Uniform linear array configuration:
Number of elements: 8
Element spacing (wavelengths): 0.5
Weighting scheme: cosine
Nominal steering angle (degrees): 60
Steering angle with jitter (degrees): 61.74
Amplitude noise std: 0.05
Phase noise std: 0.05

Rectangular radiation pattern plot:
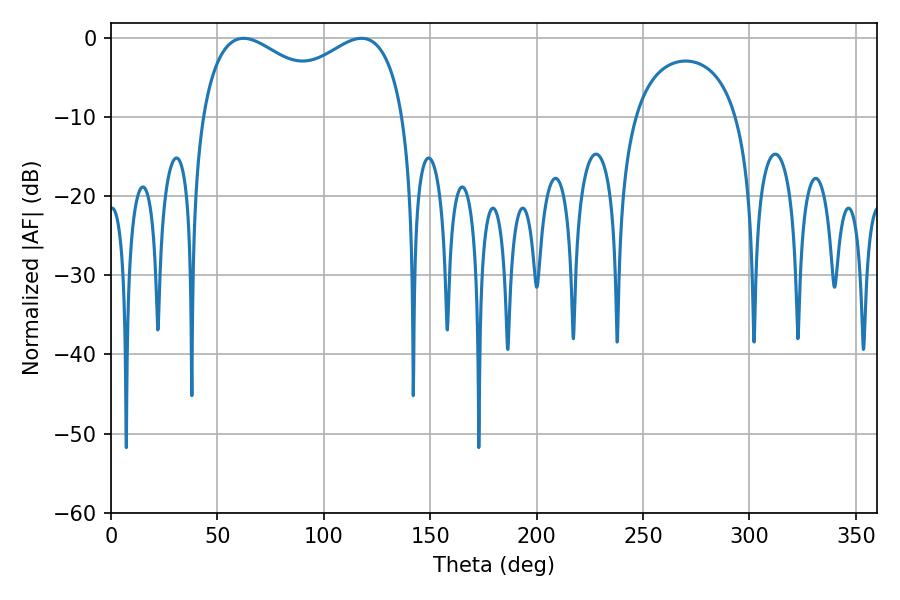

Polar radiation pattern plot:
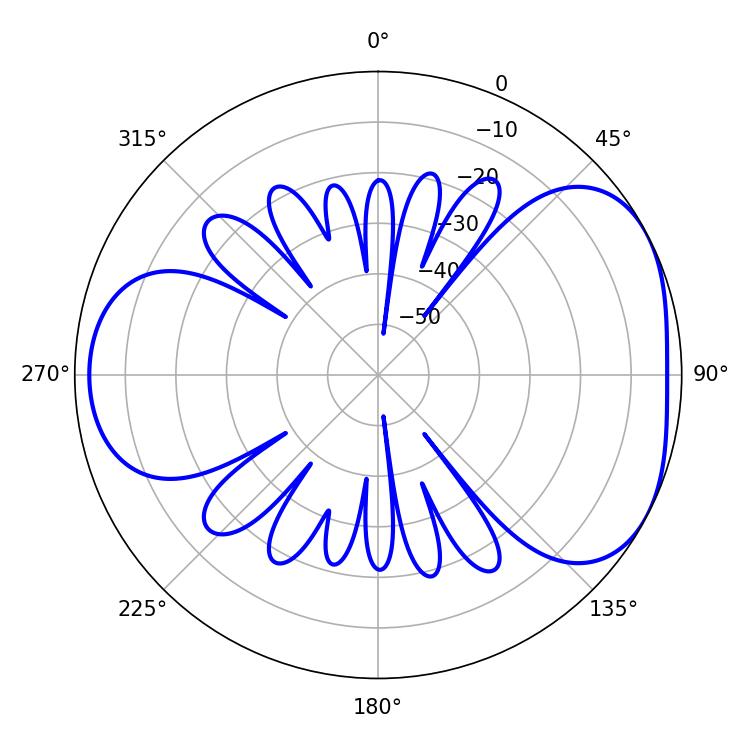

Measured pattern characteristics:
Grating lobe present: FALSE
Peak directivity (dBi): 4.47
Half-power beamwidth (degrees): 79.56
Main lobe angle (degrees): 62.28